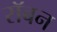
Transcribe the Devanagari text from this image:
रॉबन